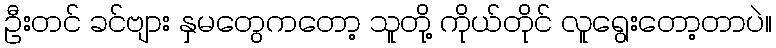
ဦးတင် ခင်ဗျား နှမတွေကတော့ သူတို့ ကိုယ်တိုင် လူရွေးတော့တာပဲ။